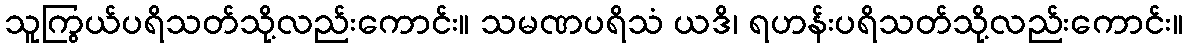
သူကြွယ်ပရိသတ်သို့လည်းကောင်း။ သမဏပရိသံ ယဒိ၊ ရဟန်းပရိသတ်သို့လည်းကောင်း။